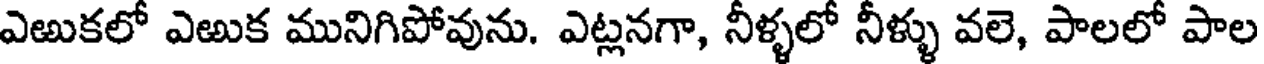
ఎఱుకలో ఎఱుక మునిగిపోవును. ఎట్లనగా, నీళ్ళలో నీళ్ళు వలె, పాలలో పాల